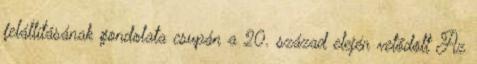
felállításának gondolata csupán a 20. század elején vetődött Az